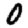
Digit: 0